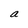
Character: a